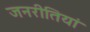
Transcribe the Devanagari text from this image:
जनरीतियां